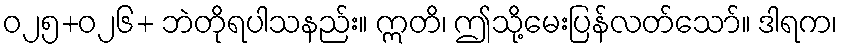
ဝ၂၅+ဝ၂၆+ ဘဲတိုရပါသနည်း။ ဣတိ၊ ဤသို့မေးပြန်လတ်သော်။ ဒါရက၊